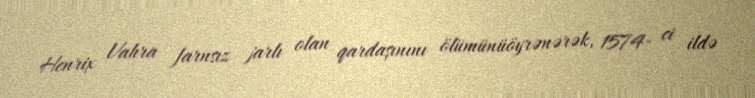
Henrix Vahra farnsız jarlı olan qardaşınını ölümünüöyrənərək, 1574- ci ildə